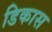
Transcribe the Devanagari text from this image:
डिकास